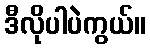
ဒီလိုပါပဲကွယ်။